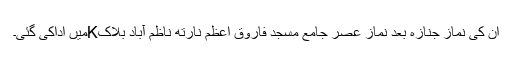
ان کی نماز جنازہ بعد نمازِ عصر جامع مسجد فاروق اعظمؓ نارتھ ناظم آباد بلاکKمیں اداکی گئی۔